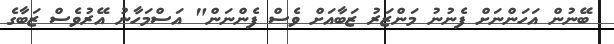
ބޭނުން އަހަންނަށް ފެނުނު މަންޒަރު ޒަބާއަށް ވެސް ފެންނަން" އަސްމަހާނު އޭރުވެސް ޒަބާގެ